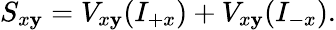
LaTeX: S_{x\mathbf{y}}=V_{x\mathbf{y}}(I_{+x})+V_{x\mathbf{y}}(I_{-x}).